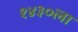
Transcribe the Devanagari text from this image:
१४३०ला